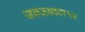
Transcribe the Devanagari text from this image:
जयजयकार१४